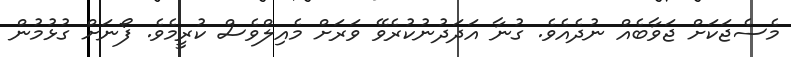
މެސެޖަކަށް ޖަވާބެއް ނުދެއެވެ. ގުނާ އަދަދުނުކުރެވޭ ވަރަށް މެއިލްވެސް ކުރީމެވެ. ފޯނަށް ގުޅުމުން